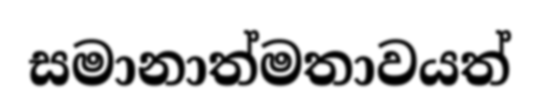
සමානාත්මතාවයත්